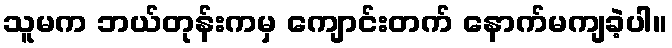
သူမက ဘယ်တုန်းကမှ ကျောင်းတက် နောက်မကျခဲ့ပါ။